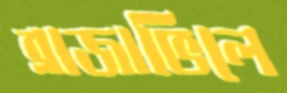
ব্রাজাভিলে